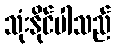
သုံးနိုင်ပါသည်